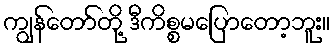
ကျွန်တော်တို့ ဒီကိစ္စမပြောတော့ဘူး။